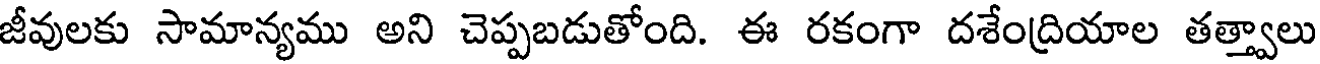
జీవులకు సామాన్యము అని చెప్పబడుతోంది. ఈ రకంగా దశేంద్రియాల తత్త్వాలు